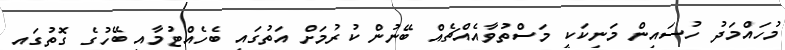
މުހައްމަދު ހުސައިން މަނިކަކީ މަސްތުވާއެއްޗެއް ބޭނުން ކުރުމަށް އަތުގައި ބެހެއްޓުމާއި ބޭހުގެ ގޮތުގައި